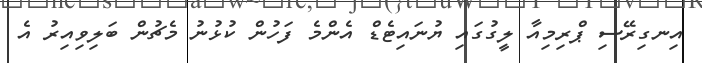
އިނގިރޭސި ޕްރިމިއާ ލީގުގައި ޔުނައިޓެޑް އެންމެ ފަހުން ކުޅުނު މެޗުން ބަލިވިިއިރު އެ